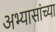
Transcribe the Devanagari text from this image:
अभ्यासांच्या